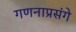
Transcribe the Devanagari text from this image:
गणनाप्रसंगे